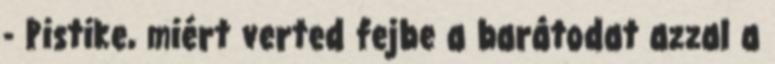
- Pistike, miért verted fejbe a barátodat azzal a